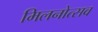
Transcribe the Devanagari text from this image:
मिलनोत्सव